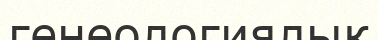
генеологиялық